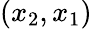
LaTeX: (x_{2},x_{1})